Lunatic asylums Central Provinces reports 1874-1885 - 1874-1885
Year: 1874
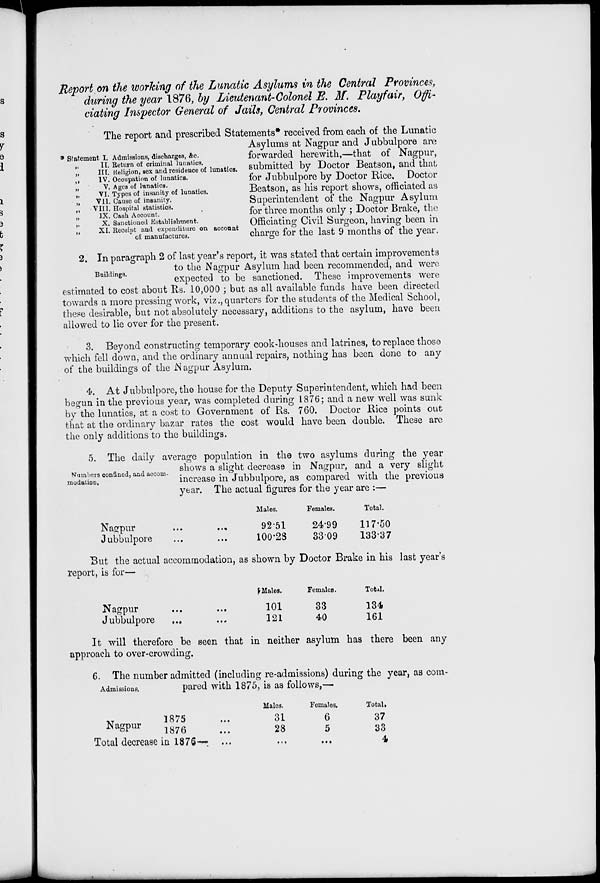
Report on the working of the Lunatic Asylums in the Central Provinces,
during the year 1876, by Lieutenant-Colonel E. M. Playfair, Offi-
ciating Inspector General of Jails, Central Provinces.
* Statement I.
„ II.
„ III.
„ IV.
„ V.
„ VI.
„ VII.
„
VIII.
„ IX.
„ X.
„ XI.
Admissions, discharges, &c.
Return of criminal lunatics.
Religion, sex and residence of lunatics.
Occupation of lunatics.
Ages of lunatics.
Types of insanity of lunatics.
Cause of insanity.
Hospital statistics.
Cash Account.
Sanctioned Establishment.
Receipt and expenditure on account
of manufactures.
The report and prescribed Statements* received from each of the Lunatic
Asylums at Nagpur and Jubbulpore are
forwarded herewith,—that of Nagpur,
submitted by Doctor Beatson, and that
for Jubbulpore by Doctor Rice, Doctor
Beatson, as his report shows, officiated as
Superintendent of the Nagpur Asylum
for three months only ; Doctor Brake, the
Officiating Civil Surgeon, having been in
charge for the last 9 months of the year.
Buildings.
2. In paragraph 2 of last year's report, it was stated that certain improvements
to the Nagpur Asylum had been recommended, and were
expected to be sanctioned. These improvements were
estimated to cost about Rs. 10,000 ; but as all available funds have been directed
towards a more pressing work, viz., quarters for the students of the Medical School,
these desirable, but not absolutely necessary, additions to the asylum, have been
allowed to lie over for the present.
3. Beyond constructing temporary cook-houses and latrines, to replace those
which fell down, and the ordinary annual repairs, nothing has been done to any
of the buildings of the Nagpur Asylum.
4. At Jubbulpore, the house for the Deputy Superintendent, which had been
begun in the previous year, was completed during 1876; and a new well was sunk
by the lunatics, at a cost to Government of Rs. 760. Doctor Rice points out
that at the ordinary bazar rates the cost would have been double. These are
the only additions to the buildings.
Numbers confined, and accom-
modation.
5. The daily average population in the two asylums during the year
shows a slight decrease in Nagpur, and a very slight
increase in Jubbulpore, as compared with the previous
year. The actual figures for the year are :—
Nagpur ... ...
Jubbulpore ... ...
Males.
92.51
100.23
Females.
24.99
33.09
Total.
117.50
133.37
But the actual accommodation, as shown by Doctor Brake in his last year's
report, is for—
Nagpur ... ...
Jubbulpore ... ...
Males.
101
121
Females.
33
40
Total.
134
161
It will therefore be seen that in neither asylum has there been any
approach to over-crowding.
Admissions.
6. The number admitted (including re-admissions) during the year, as com-
pared with 1875, is as follows,—
Nagpur
1875 ...
1876 ...
Total decrease in 1876— ...
Males.
31
28
...
Females.
6
5
...
Total.
37
33
4